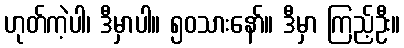
ဟုတ်ကဲ့ပါ၊ ဒီမှာပါ။ ၅၀သားနော်။ ဒီမှာ ကြည့်ဦး။